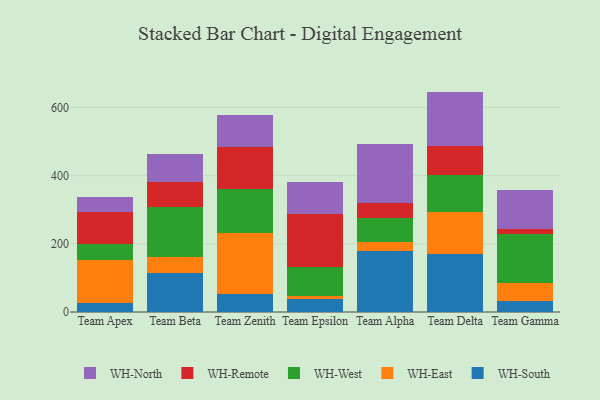
{"axis": {"x": "Team", "y": "Website Visitors"}, "legend": ["WH-East", "WH-North", "WH-Remote", "WH-South", "WH-West"], "data": [{"x": "Team Apex", "y": 27.5, "type": "WH-South"}, {"x": "Team Apex", "y": 124.6, "type": "WH-East"}, {"x": "Team Apex", "y": 48.7, "type": "WH-West"}, {"x": "Team Apex", "y": 93.5, "type": "WH-Remote"}, {"x": "Team Apex", "y": 42.7, "type": "WH-North"}, {"x": "Team Beta", "y": 114.2, "type": "WH-South"}, {"x": "Team Beta", "y": 47.4, "type": "WH-East"}, {"x": "Team Beta", "y": 146.0, "type": "WH-West"}, {"x": "Team Beta", "y": 74.7, "type": "WH-Remote"}, {"x": "Team Beta", "y": 81.5, "type": "WH-North"}, {"x": "Team Zenith", "y": 54.1, "type": "WH-South"}, {"x": "Team Zenith", "y": 177.5, "type": "WH-East"}, {"x": "Team Zenith", "y": 130.0, "type": "WH-West"}, {"x": "Team Zenith", "y": 122.9, "type": "WH-Remote"}, {"x": "Team Zenith", "y": 92.4, "type": "WH-North"}, {"x": "Team Epsilon", "y": 37.0, "type": "WH-South"}, {"x": "Team Epsilon", "y": 9.8, "type": "WH-East"}, {"x": "Team Epsilon", "y": 84.7, "type": "WH-West"}, {"x": "Team Epsilon", "y": 154.7, "type": "WH-Remote"}, {"x": "Team Epsilon", "y": 95.6, "type": "WH-North"}, {"x": "Team Alpha", "y": 179.3, "type": "WH-South"}, {"x": "Team Alpha", "y": 25.7, "type": "WH-East"}, {"x": "Team Alpha", "y": 70.7, "type": "WH-West"}, {"x": "Team Alpha", "y": 44.8, "type": "WH-Remote"}, {"x": "Team Alpha", "y": 172.0, "type": "WH-North"}, {"x": "Team Delta", "y": 171.0, "type": "WH-South"}, {"x": "Team Delta", "y": 121.6, "type": "WH-East"}, {"x": "Team Delta", "y": 108.9, "type": "WH-West"}, {"x": "Team Delta", "y": 85.7, "type": "WH-Remote"}, {"x": "Team Delta", "y": 159.2, "type": "WH-North"}, {"x": "Team Gamma", "y": 31.4, "type": "WH-South"}, {"x": "Team Gamma", "y": 53.7, "type": "WH-East"}, {"x": "Team Gamma", "y": 144.0, "type": "WH-West"}, {"x": "Team Gamma", "y": 12.9, "type": "WH-Remote"}, {"x": "Team Gamma", "y": 114.9, "type": "WH-North"}]}